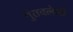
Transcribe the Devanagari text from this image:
गुंतवलेली